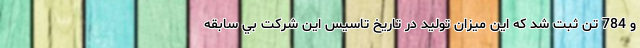
و 784 تن ثبت شد که اين ميزان توليد در تاريخ تاسيس اين شركت بي سابقه